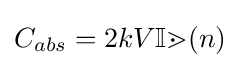
C_{abs}=2kV\mathbb {Im} (n)